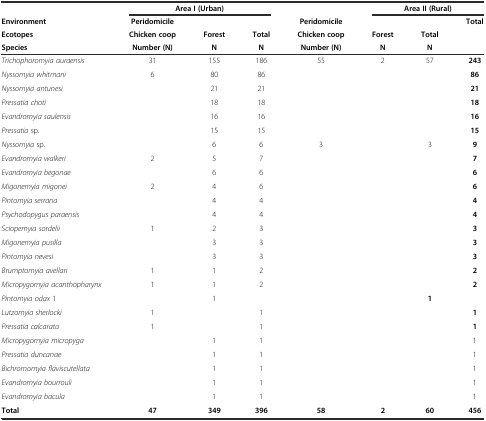
<table><thead><tr><td></td><td colspan="3"><b>Area I (Urban)</b></td><td></td><td colspan="3"><b>Area II (Rural)</b></td></tr><tr><td><b>Environment</b></td><td><b>Peridomicile</b></td><td></td><td></td><td><b>Peridomicile</b></td><td></td><td></td><td><b>Total</b></td></tr><tr><td><b>Ecotopes</b></td><td><b>Chicken coop</b></td><td><b>Forest</b></td><td><b>Total</b></td><td><b>Chicken coop</b></td><td><b>Forest</b></td><td><b>Total</b></td><td></td></tr><tr><td><b>Species</b></td><td><b>Number (N)</b></td><td><b>N</b></td><td><b>N</b></td><td><b>Number (N)</b></td><td><b>N</b></td><td><b>N</b></td><td></td></tr></thead><tbody><tr><td><i>Trichophoromyia auraensis</i></td><td>31</td><td>155</td><td>186</td><td>55</td><td>2</td><td>57</td><td><b>243</b></td></tr><tr><td><i>Nyssomyia whitmani</i></td><td>6</td><td>80</td><td>86</td><td></td><td></td><td></td><td><b>86</b></td></tr><tr><td><i>Nyssomyia antunesi</i></td><td></td><td>21</td><td>21</td><td></td><td></td><td></td><td><b>21</b></td></tr><tr><td><i>Pressatia choti</i></td><td></td><td>18</td><td>18</td><td></td><td></td><td></td><td><b>18</b></td></tr><tr><td><i>Evandromyia saulensis</i></td><td></td><td>16</td><td>16</td><td></td><td></td><td></td><td><b>16</b></td></tr><tr><td><i>Pressatia</i> sp.</td><td></td><td>15</td><td>15</td><td></td><td></td><td></td><td><b>15</b></td></tr><tr><td><i>Nyssomyia</i> sp<i>.</i></td><td></td><td>6</td><td>6</td><td>3</td><td></td><td>3</td><td><b>9</b></td></tr><tr><td><i>Evandromyia walkeri</i></td><td>2</td><td>5</td><td>7</td><td></td><td></td><td></td><td><b>7</b></td></tr><tr><td><i>Evandromyia begonae</i></td><td></td><td>6</td><td>6</td><td></td><td></td><td></td><td><b>6</b></td></tr><tr><td><i>Migonemyia migonei</i></td><td>2</td><td>4</td><td>6</td><td></td><td></td><td></td><td><b>6</b></td></tr><tr><td><i>Pintomyia serrana</i></td><td></td><td>4</td><td>4</td><td></td><td></td><td></td><td><b>4</b></td></tr><tr><td><i>Psychodopygus paraensis</i></td><td></td><td>4</td><td>4</td><td></td><td></td><td></td><td><b>4</b></td></tr><tr><td><i>Sciopemyia sordelii</i></td><td>1</td><td>2</td><td>3</td><td></td><td></td><td></td><td><b>3</b></td></tr><tr><td><i>Migonemyia pusilla</i></td><td></td><td>3</td><td>3</td><td></td><td></td><td></td><td><b>3</b></td></tr><tr><td><i>Pintomyia nevesi</i></td><td></td><td>3</td><td>3</td><td></td><td></td><td></td><td><b>3</b></td></tr><tr><td><i>Brumptomyia avellari</i></td><td>1</td><td>1</td><td>2</td><td></td><td></td><td></td><td><b>2</b></td></tr><tr><td><i>Micropygomyia acanthopharynx</i></td><td>1</td><td>1</td><td>2</td><td></td><td></td><td></td><td><b>2</b></td></tr><tr><td><i>Pintomyia odax</i> 1</td><td></td><td>1</td><td></td><td></td><td></td><td><b>1</b></td><td></td></tr><tr><td><i>Lutzomyia sherlocki</i></td><td>1</td><td></td><td>1</td><td></td><td></td><td></td><td><b>1</b></td></tr><tr><td><i>Pressatia calcarata</i></td><td>1</td><td></td><td>1</td><td></td><td></td><td></td><td><b>1</b></td></tr><tr><td><i>Micropygomyia micropyga</i></td><td></td><td>1</td><td>1</td><td></td><td></td><td></td><td>1</td></tr><tr><td><i>Pressatia duncanae</i></td><td></td><td>1</td><td>1</td><td></td><td></td><td></td><td>1</td></tr><tr><td><i>Bichromomyia flaviscutellata</i></td><td></td><td>1</td><td>1</td><td></td><td></td><td></td><td>1</td></tr><tr><td><i>Evandromyia bourrouli</i></td><td></td><td>1</td><td>1</td><td></td><td></td><td></td><td>1</td></tr><tr><td><i>Evandromyia bacula</i></td><td></td><td>1</td><td>1</td><td></td><td></td><td></td><td>1</td></tr><tr><td><b>Total</b></td><td><b>47</b></td><td><b>349</b></td><td><b>396</b></td><td><b>58</b></td><td><b>2</b></td><td><b>60</b></td><td><b>456</b></td></tr></tbody></table>